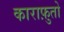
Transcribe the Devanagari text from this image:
काराफ़ुतो